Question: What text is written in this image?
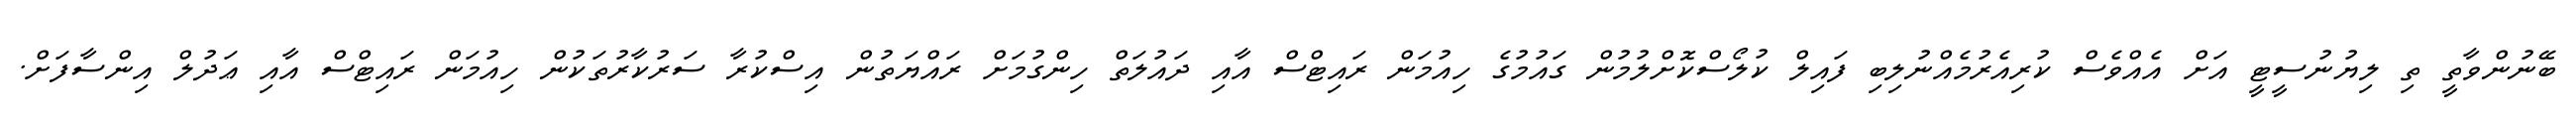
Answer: ބޭނުންވާތީ ތި ލިޔުނުސީޓީ އަށް އެއްވެސް ކުރިއެރުމެއްނުލިބި ފައިލް ކުލޯސްކޮށްލުމުން ގައުމުގެ ހިއުމަން ރައިޓްސް އާއި ދައުލަތް ހިންގުމަށް ރައްޔަތުން އިސްކުރާ ސަރުކާރުތަކުން ހިއުމަން ރައިޓްސް އާއި ޢަދުލް އިންސާފަށް.